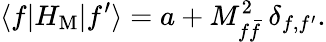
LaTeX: \langle f\vert H_{\mathrm{M}}\vert f^{\prime}\rangle=a+M_{f\bar{f}}^{2}\ \delta_{f,f^{\prime}}.